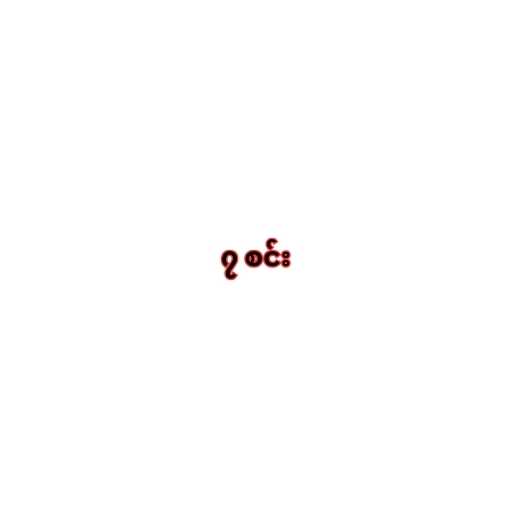
၇ စင်း